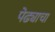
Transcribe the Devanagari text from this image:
पेढ्याचा